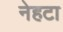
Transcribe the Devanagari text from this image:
नेहटा